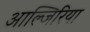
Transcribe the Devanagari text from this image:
आल्जिरिया